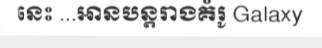
នេះ ...អានបន្តរាងគំរូ Galaxy